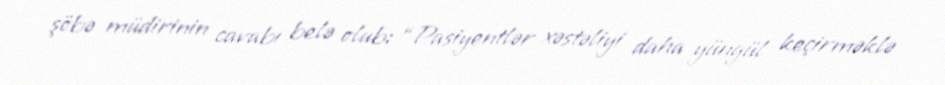
şöbə müdirinin cavabı belə olub: “Pasiyentlər xəstəliyi daha yüngül keçirməklə